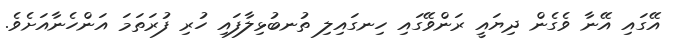
އޭގައި އޭނާ ވެގެން ދިޔައީ ރަންވޭގައި ހިނގައިލި ތުނބުޅިލާފައި ހުރި ފުރަތަމަ އަންހެނާއަށެވެ.